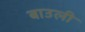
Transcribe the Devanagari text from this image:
बाउली